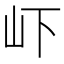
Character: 𭖄